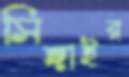
সিঙ্গাইর